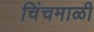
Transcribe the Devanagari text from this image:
चिंचमाळी